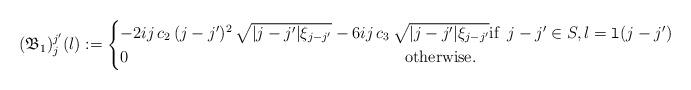
LaTeX: \begin{align*}(\mathfrak{B}_1)_j^{j'}(l):=\begin{cases}-2 i j\,c_2\,(j-j')^2\,\sqrt{\lvert j-j'\rvert \xi_{j-j'}}-6 i j\,c_3\,\sqrt{\lvert j-j'\rvert \xi_{j-j'}} \mbox{if} \,\,\,j-j'\in S,l=\mathtt{l}(j-j')\\0 \qquad\qquad\qquad\qquad\qquad\qquad\qquad\qquad\quad\mbox{otherwise}.\end{cases}\end{align*}